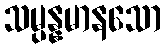
သမ္ပန္နမာနသော